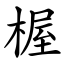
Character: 楃